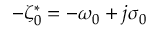
- \zeta _ { 0 } ^ { * } = - \omega _ { 0 } + j \sigma _ { 0 }